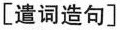
[遣词造句]